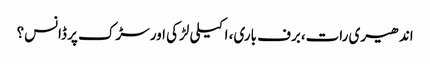
اندھیری رات،برف باری، اکیلی لڑکی اور سڑک پر ڈانس؟